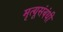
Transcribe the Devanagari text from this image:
मृत्यूसंबंधी